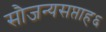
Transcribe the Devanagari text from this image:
सौजन्यसप्ताह६